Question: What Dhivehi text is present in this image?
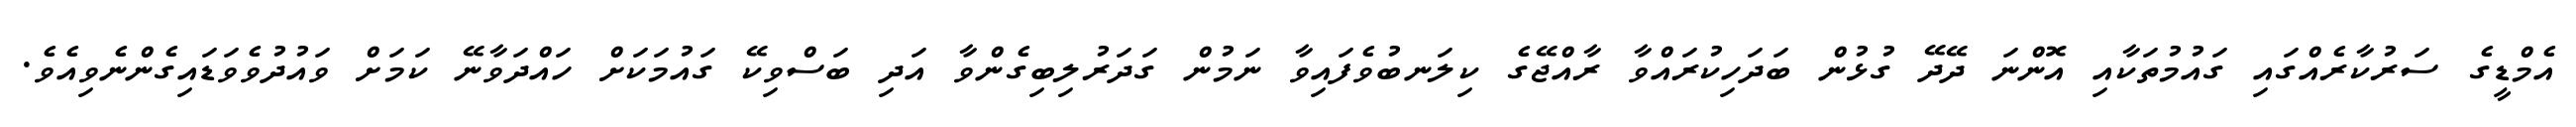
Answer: އެމްޑީގެ ސަރުކާރެއްގައި ގައުމުތަކާއި އޮންނަ ދޭދޭ ގުޅުން ބަދަހިކުރައްވާ ރާއްޖޭގެ ކިލަނބުވެފައިވާ ނަމުން ގަދަރުލިބިގެންވާ އަދި ބަސްވިކޭ ގައުމަކަށް ހައްދަވާނޭ ކަމަށް ވައުދުވެވަޑައިގެންނެވިއެވެ.